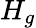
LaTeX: H_{g}